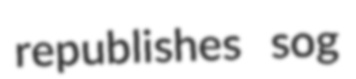
republishes sog